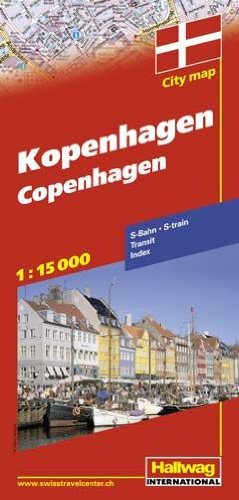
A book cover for Copenhagen City Map; Travel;